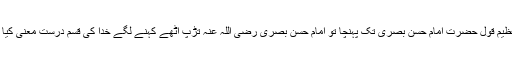
یہ عظیم قول حضرت امام حسن بصری تک پہنچا تو امام حسن بصری رضی اللہ عنہ تڑپ اٹھے کہنے لگے خدا کی قسم درست معنی کیا ہے۔